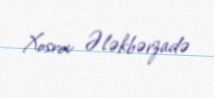
Xosrov Ələkbərzadə